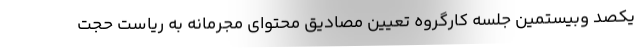
یکصد وبیستمین جلسه کارگروه تعیین مصادیق محتوای مجرمانه به ریاست حجت